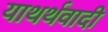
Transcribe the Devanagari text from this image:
याथर्थवादी